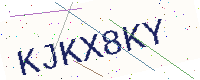
Text: KJKX8KY